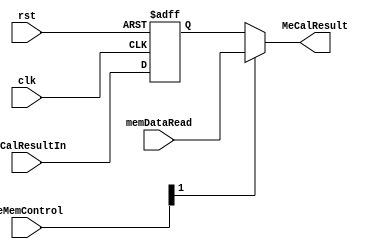
module meCalResultSelector (
  input clk, rst,
  input [1:0] MeMemControl,
  input [15:0] memDataRead,
  input [15:0] ExCalResultIn,
  output [15:0] MeCalResult
);

reg [15:0] ExCalResult;
//reg [15:0] MeReadResult;

always @ (negedge clk or negedge rst)
  if (!rst)
  begin
    ExCalResult = 0;
    //MeReadResult = 0;
  end
  else
  begin
    ExCalResult = ExCalResultIn;
    //MeReadResult = memDataRead;
  end

assign MeCalResult = MeMemControl[1]? memDataRead : ExCalResult;

endmodule